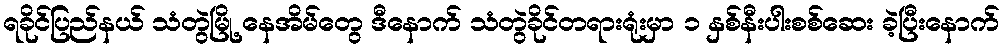
ရခိုင်ပြည်နယ် သံတွဲမြို့ နေအိမ်တွေ ဒီနောက် သံတွဲခိုင်တရားရုံးမှာ ၁ နှစ်နီးပါးစစ်ဆေး ခဲ့ပြီးနောက်